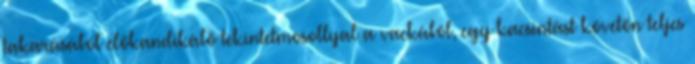
takarásából előkandikáló tekintetmosollyal a vackából, egy kacsintást követőn teljes